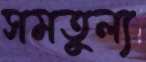
সমতুল্য